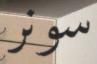
سونر